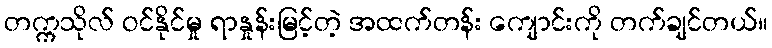
တက္ကသိုလ် ဝင်နိုင်မှု ရာနှုန်းမြင့်တဲ့ အထက်တန်း ကျောင်းကို တက်ချင်တယ်။